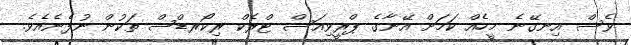
ވެސް އިނގޭނެ މީހެއް ކަމަށް އޭނާގެ ޕްރީވިއަސް ޓްރެކް ރިކޯރޑްސް ތަކުން ނުފެނެއެވެ.